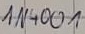
Text: IN4001